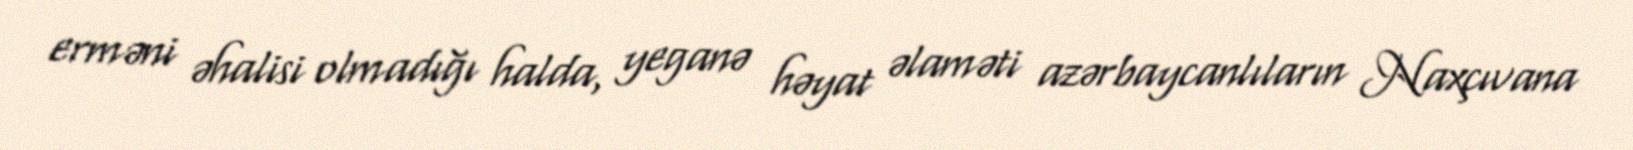
erməni əhalisi olmadığı halda, yeganə həyat əlaməti azərbaycanlıların Naxçıvana